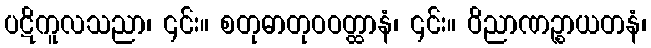
ပဋိကူလသညာ၊ ၎င်း။ စတုဓာတုဝဝတ္ထာနံ၊ ၎င်း။ ဝိညာဏဉ္စာယတနံ၊